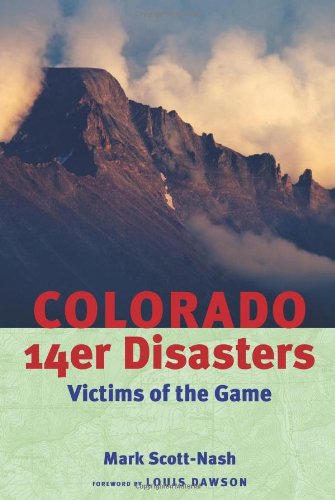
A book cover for Colorado 14er Disasters:: Victims of the Game; Mark Scott-Nash; Sports & Outdoors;